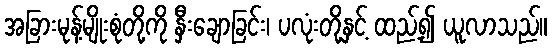
အခြားမုန့်မျိုးစုံတို့ကို နှီးချောခြင်း၊ ပလုံးတို့နှင့် ထည့်၍ ယူလာသည်။